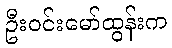
ဦးဝင်းမော်ထွန်းက